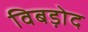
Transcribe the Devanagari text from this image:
विबड़ोद